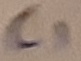
Text: C1